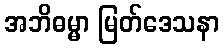
အဘိဓမ္မာ မြတ်ဒေသနာ